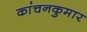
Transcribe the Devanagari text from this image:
कांचनकुमार